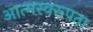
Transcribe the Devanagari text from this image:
आत्मस्वरूपता